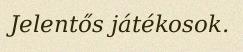
Jelentős játékosok.